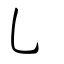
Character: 乚